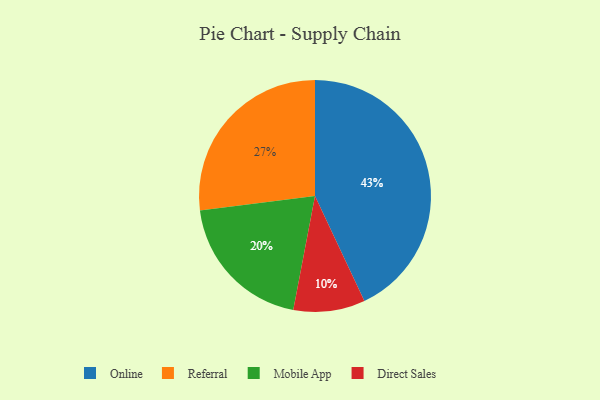
{"axis": {"x": "Category", "y": "Percentage"}, "legend": ["Direct Sales", "Mobile App", "Online", "Referral"], "data": [{"x": "Direct Sales", "y": 10, "type": "Direct Sales"}, {"x": "Mobile App", "y": 20, "type": "Mobile App"}, {"x": "Online", "y": 43, "type": "Online"}, {"x": "Referral", "y": 27, "type": "Referral"}]}